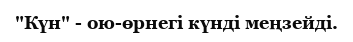
"Күн" - ою-өрнегі күнді меңзейді.